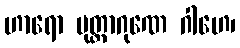
ဟာရော မုတ္တာဂုဏေ ဂါဟေ၊